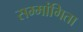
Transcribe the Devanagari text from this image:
सम्मांगिता